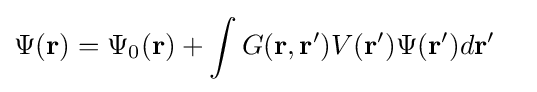
{\begin{aligned}\Psi ({\mathbf {r} })&=\Psi _{0}({\mathbf {r} })+\int {G({\mathbf {r,r'} })V({\mathbf {r'} })\Psi ({\mathbf {r'} })d{\mathbf {r'} }}\end{aligned}}